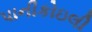
પાનીકોઇલી